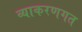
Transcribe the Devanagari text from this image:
व्याकरणगत